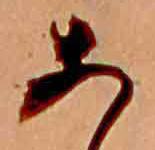
あ